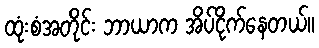
ထုံးစံအတိုင်း ဘာယာက အိပ်ငိုက်နေတယ်။